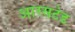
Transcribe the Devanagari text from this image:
आरसटेड